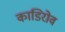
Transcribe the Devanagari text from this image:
काडिरोव